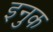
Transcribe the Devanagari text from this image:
इनुक